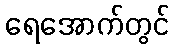
ရေအောက်တွင်